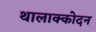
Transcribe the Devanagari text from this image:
थालाक्कोदन